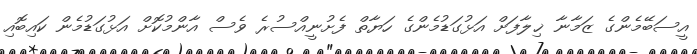
އީސަބޭމެންގެ ޒަމާނާ ޚިލާފަށް އަޅުގަޑުމެންގެ ހަޔާތް ފެށުނީއްސުރެ ވެސް އާންމުކޮށް އަޅުގަޑުމެން ކައިބޮއި